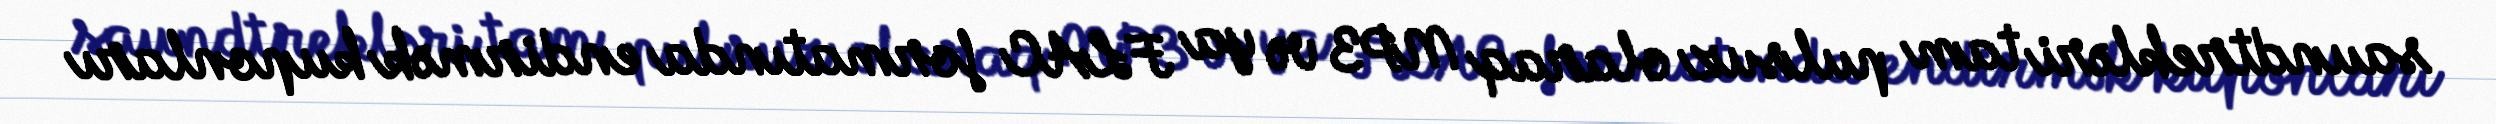
saundtrekləri tam pulsuz olaraq MP3 və ya FLAC formatında endirmək kuponları